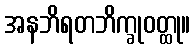
အနဘိရတဘိက္ခုဝတ္ထု။